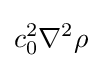
c_{0}^{2}\nabla ^{2}\rho